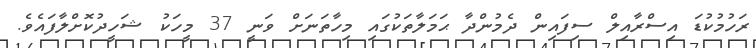
ރަހުމުކުޑަ އިސްރާއިލް ސިފައިން ދެމުންދާ ޙަމަލާތަކުގައި މިހާތަނަށް ވަނީ 37 މީހަކު ޝަހީދުކޮށްލާފައެވެ.